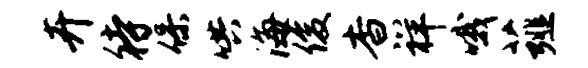
卉待保哄海俊杳祥哦薤